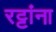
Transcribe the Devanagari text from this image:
रट्टांना